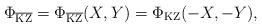
LaTeX: \begin{align*}\Phi_{\overline{\mathrm{KZ}}}=\Phi_{\overline{\mathrm{KZ}}}(X,Y)=\Phi_\mathrm{KZ}(-X,-Y),\end{align*}